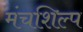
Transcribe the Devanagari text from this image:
मंचशिल्प